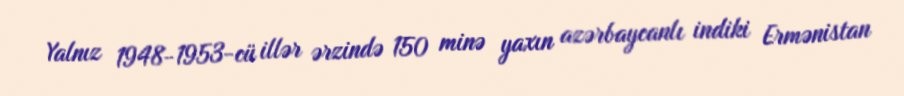
Yalnız 1948-1953-cü illər ərzində 150 minə yaxın azərbaycanlı indiki Ermənistan